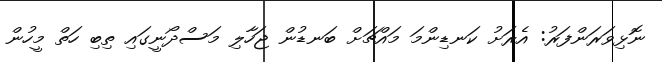
ނޮޅިވަރަންފަރު: އެރަށު ކަނޑިންމަ މައްޗަށް ބަނޑުން ޖަހާލި މަސްދޯނީގައި ތިބި ހަތް މީހުން